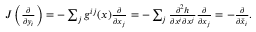
\begin{array} { r } { J \left( \frac { \partial } { \partial y _ { i } } \right) = - \sum _ { j } g ^ { i j } ( x ) \frac { \partial } { \partial x _ { j } } = - \sum _ { j } \frac { \partial ^ { 2 } h } { \partial x ^ { i } \partial x ^ { j } } \frac { \partial } { \partial x _ { j } } = - \frac { \partial } { \partial \check { x } _ { i } } . } \end{array}